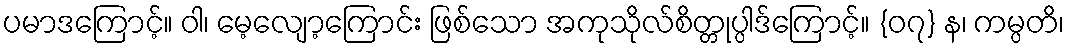
ပမာဒကြောင့်။ ဝါ၊ မေ့လျော့ကြောင်း ဖြစ်သော အကုသိုလ်စိတ္တုပ္ပါဒ်ကြောင့်။ {၀၇} န၊ ကမ္ပတိ၊